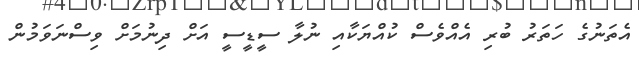
އެތަނުގެ ހަތަރު ބުރި އެއްވެސް ކުއްޔަކާއި ނުލާ ސީޑީސީ އަށް ދިނުމަށް ވިސްނަވަމުން